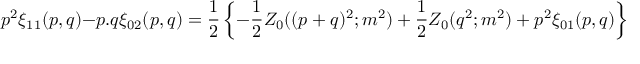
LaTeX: p ^ { 2 } \xi _ { 1 1 } ( p , q ) - p . q \xi _ { 0 2 } ( p , q ) = { \frac { 1 } { 2 } } \left\{ - { \frac { 1 } { 2 } } Z _ { 0 } ( ( p + q ) ^ { 2 } ; m ^ { 2 } ) + { \frac { 1 } { 2 } } Z _ { 0 } ( q ^ { 2 } ; m ^ { 2 } ) + p ^ { 2 } \xi _ { 0 1 } ( p , q ) \right\} \, .